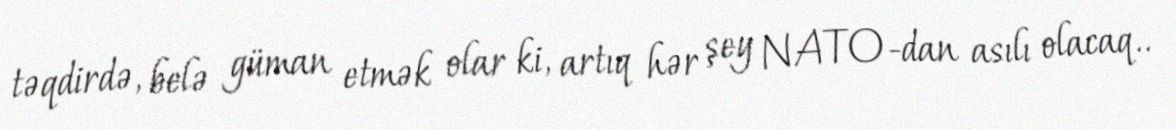
təqdirdə, belə güman etmək olar ki, artıq hər şey NATO-dan asılı olacaq..